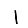
Digit: 1